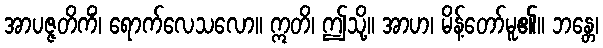
အာပဇ္ဇတိကိံ၊ ရောက်လေသလော။ ဣတိ၊ ဤသို့။ အာဟ၊ မိန့်တော်မူ၏။ ဘန္တေ၊